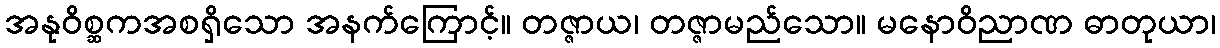
အနုဝိစ္ဆကအစရှိသော အနက်ကြောင့်။ တဇ္ဇာယ၊ တဇ္ဇာမည်သော။ မနောဝိညာဏ ဓာတုယာ၊